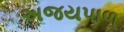
અજયપાળ